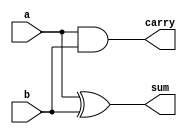
`timescale 1ns / 1ps
//////////////////////////////////////////////////////////////////////////////////
// Company: 
// Engineer: 
// 
// Design Name: 
// Module Name:    halfadder 
// Project Name: 
// Target Devices: 
// Tool versions: 
// Description: 
//
// Dependencies: 
//
// Revision: 
// Revision 0.01 - File Created
// Additional Comments: 
//
//////////////////////////////////////////////////////////////////////////////////
module halfadder(
	input a,
	input b,
	output sum,
	output carry
);

xor x1(sum, a, b);
and a1(carry, a, b);

endmodule